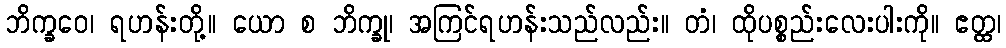
ဘိက္ခဝေ၊ ရဟန်းတို့။ ယော စ ဘိက္ခု၊ အကြင်ရဟန်းသည်လည်း။ တံ၊ ထိုပစ္စည်းလေးပါးကို။ ဧတ္ထ၊